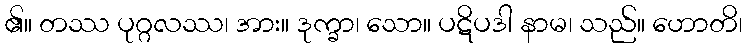
၏။ တဿ ပုဂ္ဂလဿ၊ အား။ ဒုက္ခာ၊ သော။ ပဋိပဒါ နာမ၊ သည်။ ဟောတိ၊